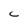
Character: c